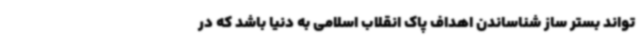
تواند بستر ساز شناساندن اهداف پاک انقلاب اسلامی به دنیا باشد که در